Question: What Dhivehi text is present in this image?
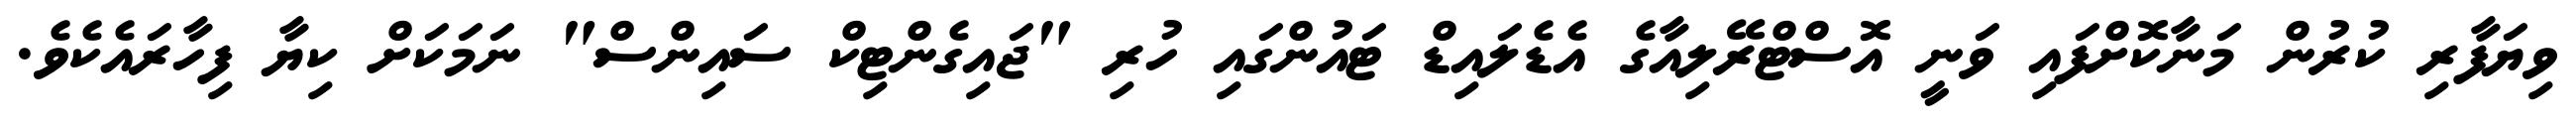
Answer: ވިޔަފާރި ކުރުން މަނާކޮށްފައި ވަނީ އޮސްޓްރޭލިއާގެ އެޑެލައިޑް ޓައުންގައި ހުރި "ޖައިގެންޓިކް ސައިންސް" ނަމަކަށް ކިޔާ ފިހާރައެކެވެ.